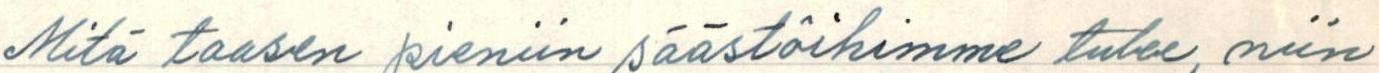
Mitä taasen pieniin säästöihimme tulee, niin